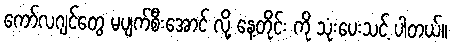
ကော်လဂျင်တွေ မပျက်စီးအောင် လို့ နေ့တိုင်း ကို သုံးပေးသင့် ပါတယ်။